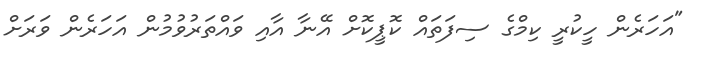
"އަހަރެން ހީކުރީ ކިމްގެ ސިފަތައް ކޮޕީކޮށް އޭނާ އާއި ވައްތަރުވުމުން އަހަރެން ވަރަށް